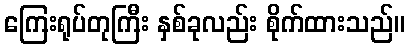
ကြေးရုပ်တုကြီး နှစ်ခုလည်း စိုက်ထားသည်။